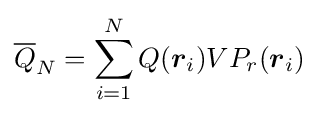
{\overline {Q}}_{N}=\sum _{i=1}^{N}Q({\boldsymbol {r}}_{i})VP_{r}({\boldsymbol {r}}_{i})